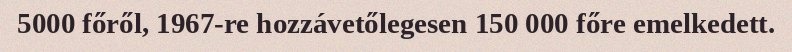
5000 főről, 1967-re hozzávetőlegesen 150 000 főre emelkedett.